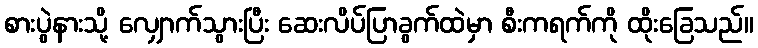
စားပွဲနားသို့ လျှောက်သွားပြီး ဆေးလိပ်ပြာခွက်ထဲမှာ စီးကရက်ကို ထိုးခြေသည်။